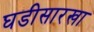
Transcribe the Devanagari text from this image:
घडीसारखा